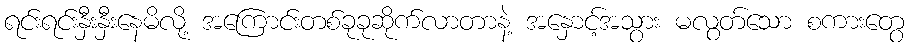
ရင်းရင်းနှီးနှီးနေမိလို့ အကြောင်းတစ်ခုခုဆိုက်လာတာနဲ့ အနှောင့်အသွား မလွတ်သော စကားတွေ